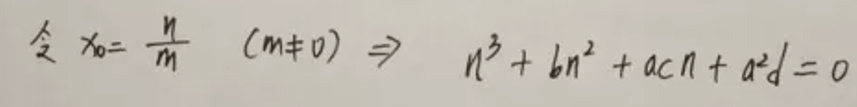
\[
\text{令 } x_0 = \frac{n}{m} \ (m \neq 0) \Rightarrow n^{3}+bn^{2}+acn + a^{2}d = 0
\]